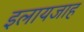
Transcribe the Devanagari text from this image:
इलायजाह